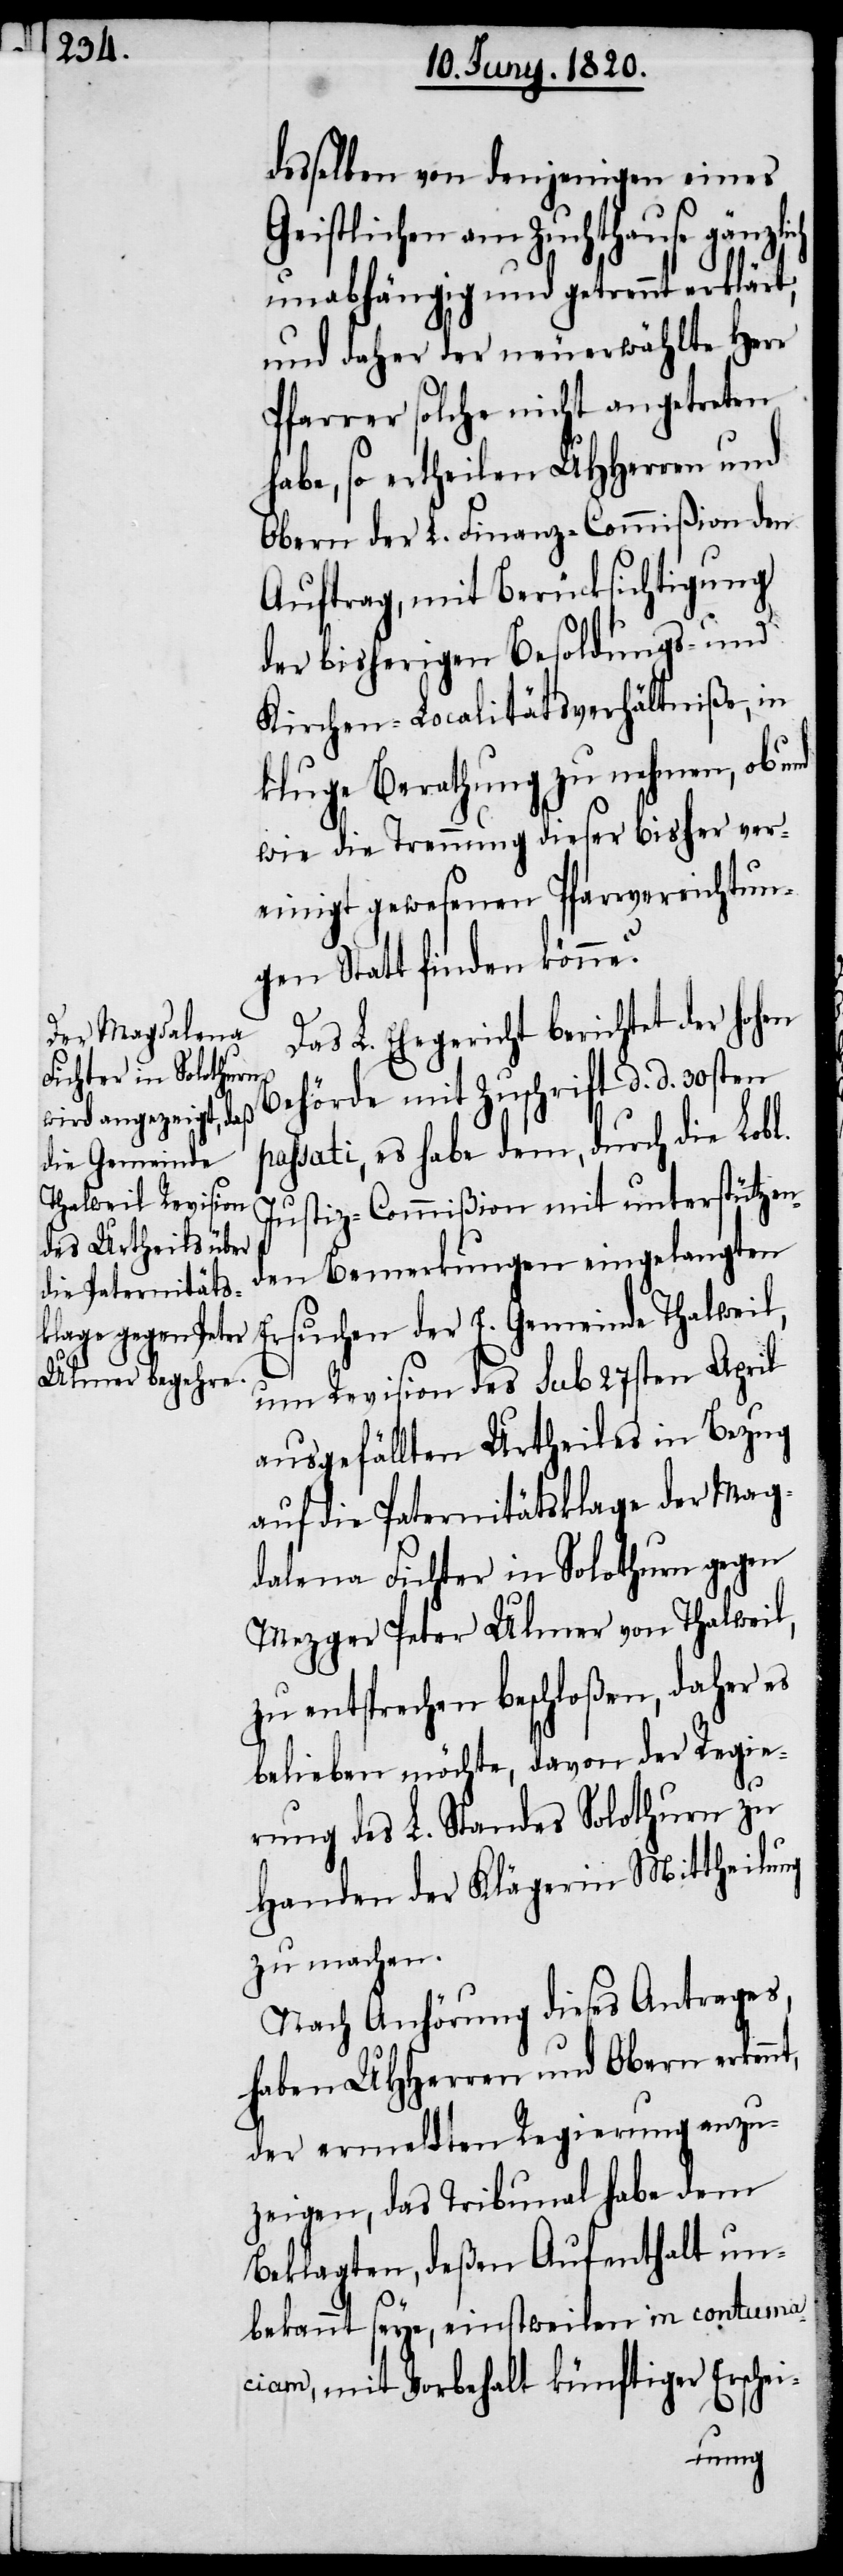
pas¬

desselben von denjenigen eines
Geistlichen am Zuchthause
unabhängig und getrennt erklärt,
und daher der neuerwählte Herr
Pfarrer solche nicht angetreten
habe, so ertheilen UHherren und
Obern der L. Finanz-Commiβion den
Auftrag, mit Berücksichtigung
der bisherigen Besoldungs- und
Kirchen-Localitätsverhältniße, in
kluge Berathung zu nehmen, ob und
wie die Trennung dieser bisher ver¬
einigt gewesene Pfarrverrichtun¬
gen Statt finden könne?
Das L. Ehegericht berichtet der hohen
Behörde mit Zuschrift d. d. 30sten
sati, es habe dem, durch die Lobl.
Justiz-Commiβion mit unterstützen¬
den Bemerkungen eingelangten
Ersuchen der E. Gemeinde Thalweil,
um Revision des sub 27sten April
ausgefällten Urtheiles in Bezug
auf die Paternitätsklage der Mag¬
dalena Fichter in Solothurn gegen
Mezger Peter Ulmer von Thalweil,
zu entsprechen beschloßen, daher es
belieben möchte, davon der Regie¬
rung des L. Standes Solothurn zu
Handen der Klägerin Mittheilung
zu machen.
Nach Anhörung dieses Antrages,
haben UHherren und Obern erkennt,
der ermeldten Regierung anzu¬
zeigen, das Tribunal habe dem
Beklagten, deßen Aufenthalt un¬
bekannt seye, einstweilen in contuma¬
ciam, mit Vorbehalt künftiger Erschei-